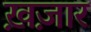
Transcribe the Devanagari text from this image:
ख़ज़ार